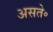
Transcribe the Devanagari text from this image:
असते॰